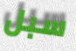
سبل